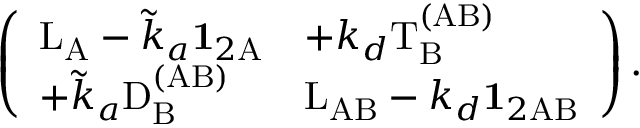
\left( \begin{array} { l l } { \mathrm { L } _ { \mathrm { A } } - \tilde { k } _ { a } \mathbf { 1 } _ { 2 \mathrm A } } & { + k _ { d } \mathrm { T } _ { \mathrm B } ^ { \mathrm { ( A B ) } } } \\ { + \tilde { k } _ { a } \mathrm { D } _ { \mathrm B } ^ { \mathrm { ( A B ) } } } & { \mathrm { L } _ { \mathrm { A B } } - k _ { d } \mathbf { 1 } _ { 2 \mathrm { A B } } } \end{array} \right) .